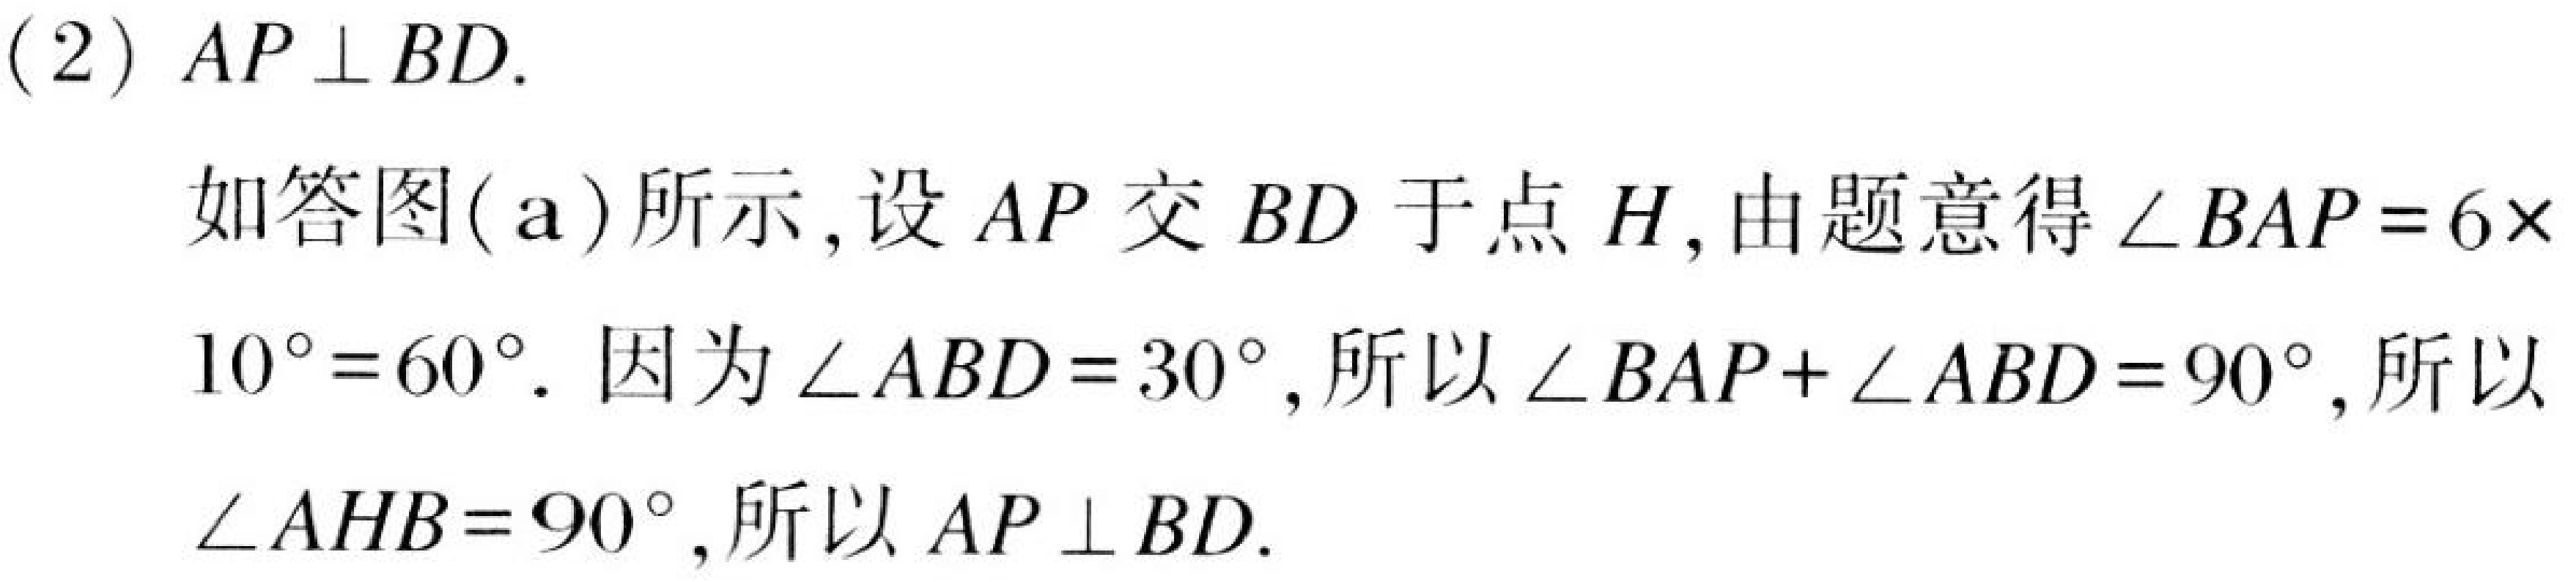
(2) \(AP\perp BD\).
如答图(a)所示,设 \(AP\) 交 \(BD\) 于点 \(H\),由题意得 \(\angle BAP = 6\times\)
\(10^{\circ}=60^{\circ}\). 因为 \(\angle ABD = 30^{\circ}\),所以 \(\angle BAP+\angle ABD = 90^{\circ}\),所以
\(\angle AHB = 90^{\circ}\),所以 \(AP\perp BD\).